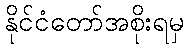
နိုင်ငံတော်အစိုးရမှ